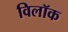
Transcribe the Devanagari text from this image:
विलॉक